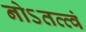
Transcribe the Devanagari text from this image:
नोऽतत्त्वं